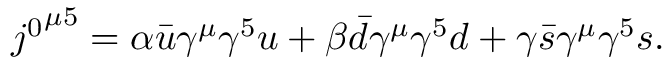
\begin{array} { r } { { j ^ { 0 } } ^ { \mu 5 } = \alpha \bar { u } \gamma ^ { \mu } \gamma ^ { 5 } u + \beta \bar { d } \gamma ^ { \mu } \gamma ^ { 5 } d + \gamma \bar { s } \gamma ^ { \mu } \gamma ^ { 5 } s . } \end{array}